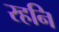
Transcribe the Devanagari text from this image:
रहनि